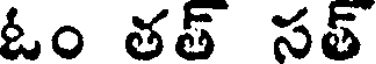
ఓం తత్ సత్